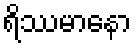
ရိဿမာနော